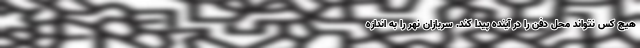
هیچ کس نتواند محل دفن را در آینده پیدا کند. سربازان نهر را به اندازه